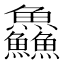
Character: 鱻